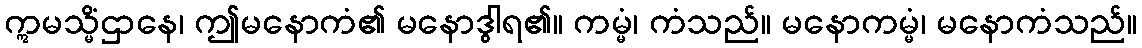
ဣမသ္မိံဌာနေ၊ ဤမနောကံ၏ မနောဒွါရ၏။ ကမ္မံ၊ ကံသည်။ မနောကမ္မံ၊ မနောကံသည်။